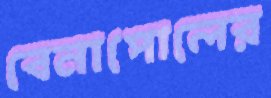
বেনাপোলের